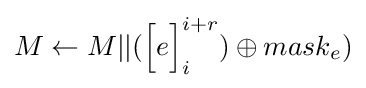
M\leftarrow M||({\Bigl [}e{\Bigr ]}_{i}^{i+r})\oplus mask_{e})